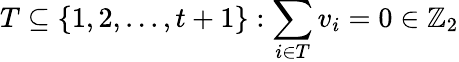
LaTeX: T\subseteq\{ 1,2,...,t+1\} :\sum_{i\in T}v_{i}=0\in\mathbb{Z}_{2}